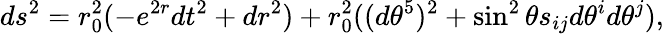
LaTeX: ds^{2}=r_{0}^{2}(-e^{2r}dt^{2}+dr^{2})+r_{0}^{2}((d\theta^{5})^{2}+\sin^{2}\theta s_{ij}d\theta^{i}d\theta^{j}),